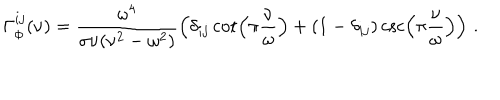
LaTeX: \Gamma _ { \phi } ^ { i j } ( \nu ) = \frac { \omega ^ { 4 } } { \sigma \nu ( \nu ^ { 2 } - \omega ^ { 2 } ) } \left( \delta _ { i j } \cot \left( \pi \frac { \nu } { \omega } \right) + ( 1 - \delta _ { i j } ) \csc \left( \pi \frac { \nu } { \omega } \right) \right) \, .